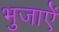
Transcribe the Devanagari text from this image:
भुजाऐं